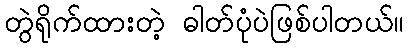
တွဲရိုက်ထားတဲ့ ဓါတ်ပုံပဲဖြစ်ပါတယ်။